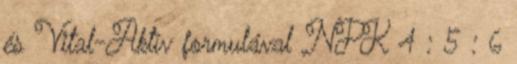
és Vital-Aktív formulával NPK 4 : 5 : 6